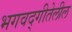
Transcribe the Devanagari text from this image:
भगवद्गीतेलील